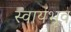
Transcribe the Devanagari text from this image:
स्वायंभूव